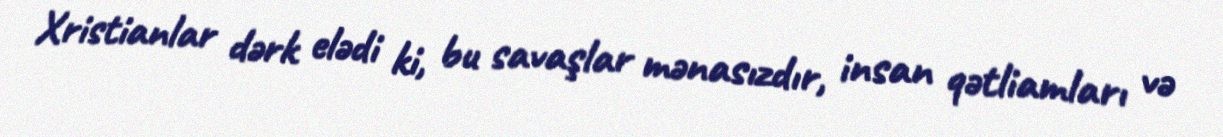
Xristianlar dərk elədi ki, bu savaşlar mənasızdır, insan qətliamları və